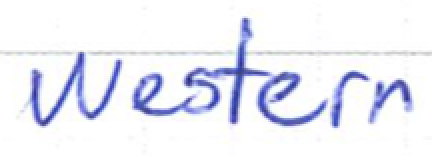
Text: western
Cross-out: clean
Writing tool: ballpoint